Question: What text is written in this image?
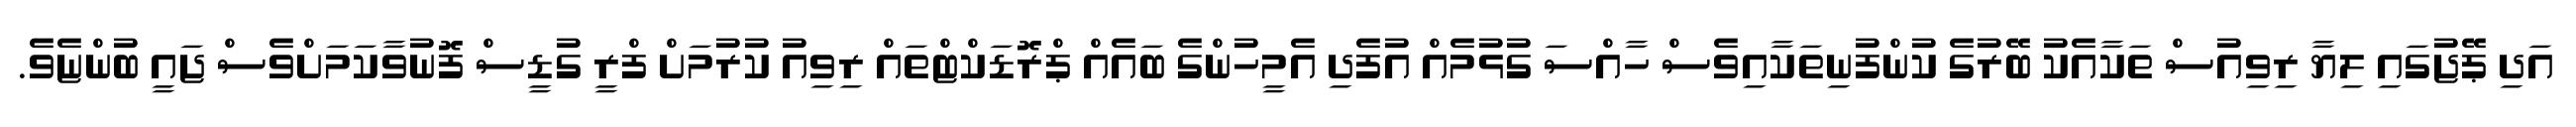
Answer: އަދި ޕޭޖުގައި ލިޔާ ރިވިއުސް ތަކާއެކު ބޭރުގެ ކުންފުނިތަކާއިވެސް ހާއްސަ ގުޅުމެއް އުފެދި އެމީހުންގެ ބައެއް ޕްރޮޑަކްޓްތައް ރިވިއު ކުރުމަށް ފްރީ ގުޑީސް ފޮނުވާކަމަށްވެސް ޖައީ ބުންޏެވެ.